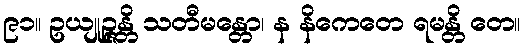
၉၁။ ဥယျုဉ္ဇန္တိ သတီမန္တော၊ န နိကေတေ ရမန္တိ တေ။